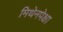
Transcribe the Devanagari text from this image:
मिथेनपेक्षा